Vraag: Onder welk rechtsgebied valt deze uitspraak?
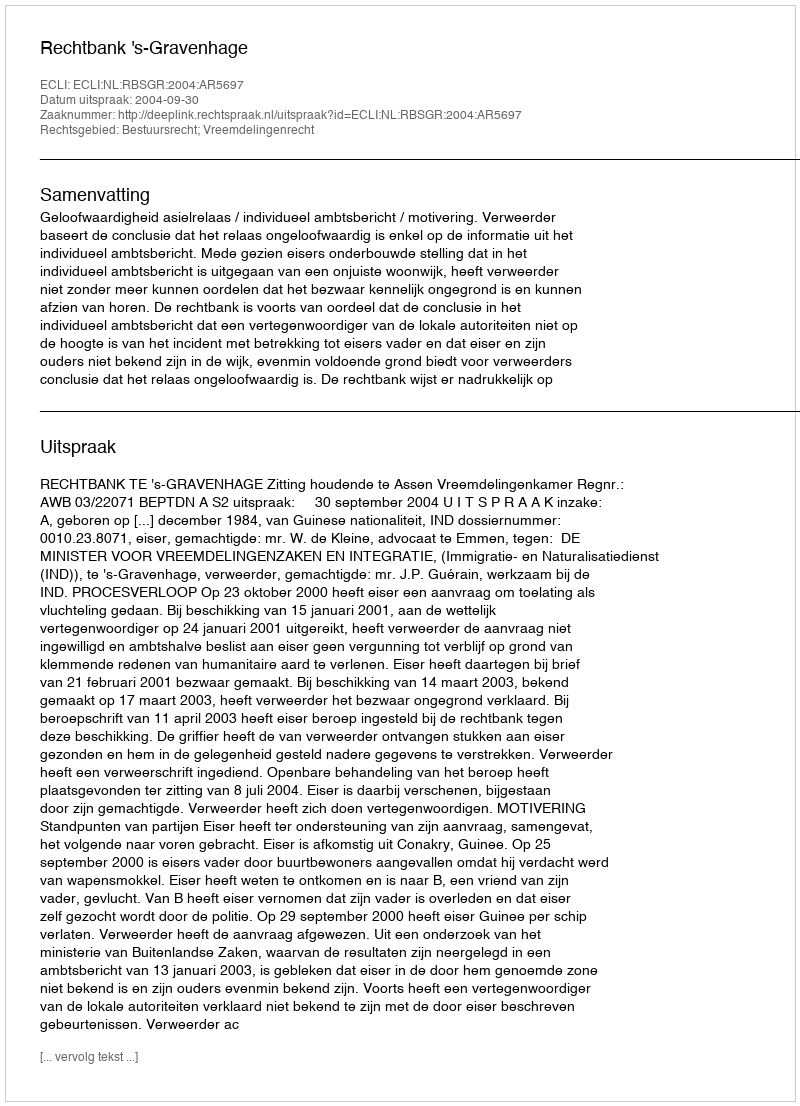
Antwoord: Bestuursrecht; Vreemdelingenrecht